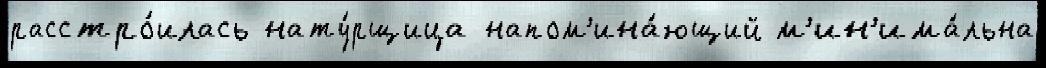
расстро́илась нату́рщица напом'ина́ющий м'ин'има́льна